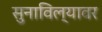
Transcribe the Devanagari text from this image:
सुनाविल्यावर